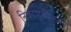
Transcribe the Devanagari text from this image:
निवडणुकीमध्येच